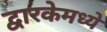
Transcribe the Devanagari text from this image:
द्वारकेमध्ये